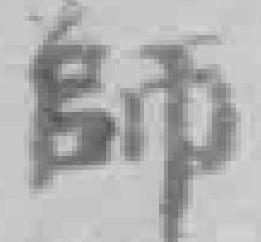
師